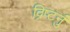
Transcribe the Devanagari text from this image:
द्रिष्टनुं